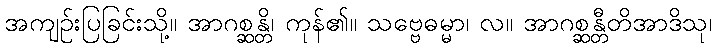
အကျဉ်းပြခြင်းသို့။ အာဂစ္ဆန္တိ၊ ကုန်၏။ သဗ္ဗေဓမ္မာ၊ လ။ အာဂစ္ဆန္တီတိအာဒိသု၊